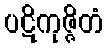
ပဋိကုဇ္ဇိတံ